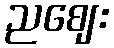
ညဈေး